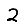
Digit: 2